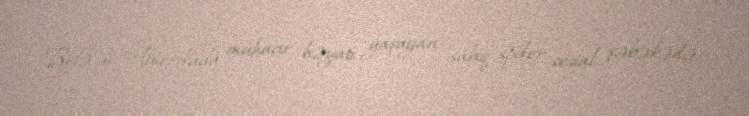
Belə ki, Amerikada mühacir həyatı yaşayan sabiq spiker sosial şəbəkədə